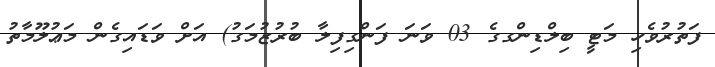
ފަތުރުވެހި މަޓީ ބިލްޑިންގގެ 03 ވަނަ ފަންގިފިލާ ބުރުޒުމަގު) އަށް ވަޑައިގެން މަޢުލޫމާތު